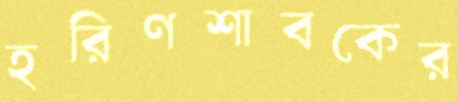
হরিণশাবকের